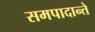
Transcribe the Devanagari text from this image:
समपादान्ते